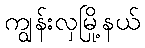
ကျွန်းလှမြို့နယ်